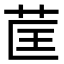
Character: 䒰